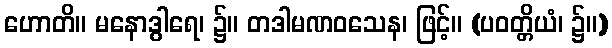
ဟောတိ။ မနောဒွါရေ၊ ၌။ တဒါမဏဝသေန၊ ဖြင့်။ (ပဝတ္တိယံ၊ ၌။)